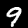
Digit: 9